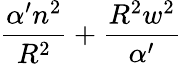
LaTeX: \frac{\alpha^{\prime}n^{2}}{R^{2}}+\frac{R^{2}w^{2}}{\alpha^{\prime}}